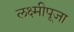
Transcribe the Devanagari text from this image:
लक्ष्मीपूजा